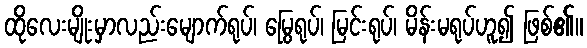
ထိုလေးမျိုးမှာလည်းမျောက်ရုပ်၊ မြွေရုပ်၊ မြင်းရုပ်၊ မိန်းမရုပ်ဟူ၍ ဖြစ်၏။